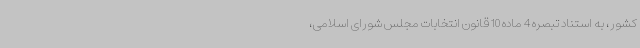
کشور، به استناد تبصره 4 ماده 10 قانون انتخابات مجلس شورای اسلامی،